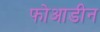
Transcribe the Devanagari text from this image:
फोआडीन